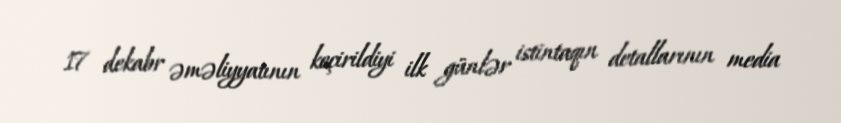
17 dekabr əməliyyatının keçirildiyi ilk günlər istintaqın detallarının media